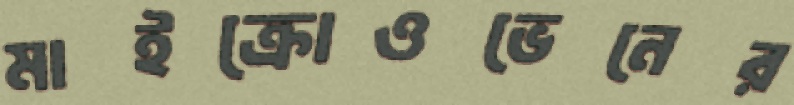
মাইক্রোওভেনের